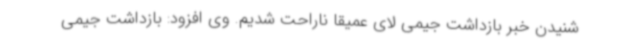
شنیدن خبر بازداشت جیمی لای عمیقا ناراحت شدیم. وی افزود: بازداشت جیمی